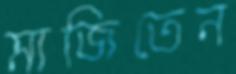
মাজিতেন